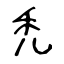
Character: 禿